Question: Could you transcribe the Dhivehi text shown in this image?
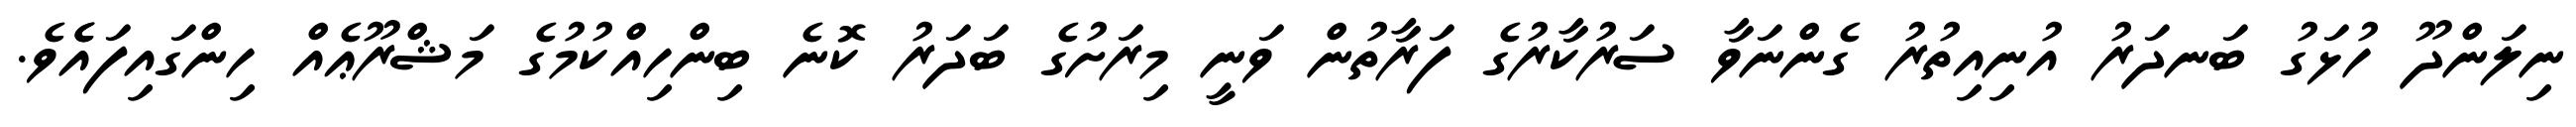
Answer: ނިލަންދޫ ހުޅަގު ބަނދަރު އުނިއިތުރު ގެންނަވާ ސަރުކާރުގެ ފަރާތުން ވަނީ މިރަށުގެ ބަދަރު ކޮނެ ބިންހިއްކުމުގެ މަޝްރޫޢެއް ހިންގައިފައެެވެ.